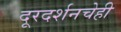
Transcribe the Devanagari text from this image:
दूरदर्शनचेही